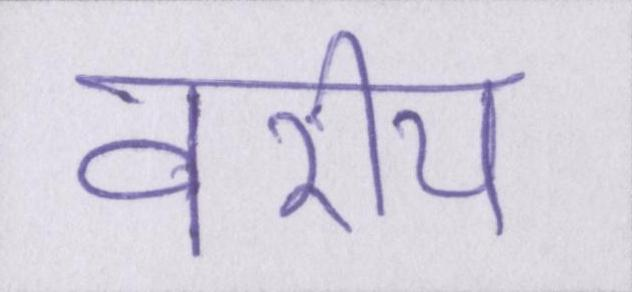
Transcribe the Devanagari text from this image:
वरीय